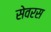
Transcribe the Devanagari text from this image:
सेवरस